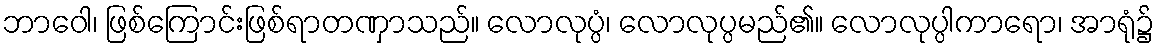
ဘာဝေါ၊ ဖြစ်ကြောင်းဖြစ်ရာတဏှာသည်။ လောလုပ္ပံ၊ လောလုပ္ပမည်၏။ လောလုပ္ပါကာရော၊ အာရုံ၌